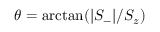
\theta = \arctan ( \lvert S _ { - } \lvert / S _ { z } )